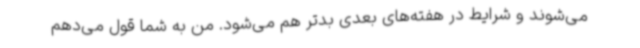
می‌شوند و شرایط در هفته‌های بعدی بدتر هم می‌شود. من به شما قول می‌دهم